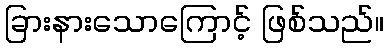
ခြားနားသောကြောင့် ဖြစ်သည်။